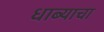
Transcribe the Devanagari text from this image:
धाब्याचा